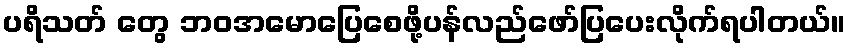
ပရိသတ် တွေ ဘဝအမောပြေစေဖို့ပန်လည်ဖော်ပြပေးလိုက်ရပါတယ်။